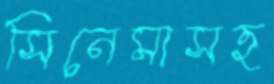
সিনেমাসহ